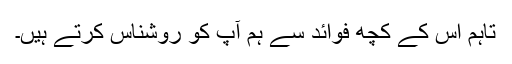
تاہم اس کے کچھ فوائد سے ہم آپ کو روشناس کرتے ہیں۔